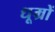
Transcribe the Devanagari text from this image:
धूम्रों